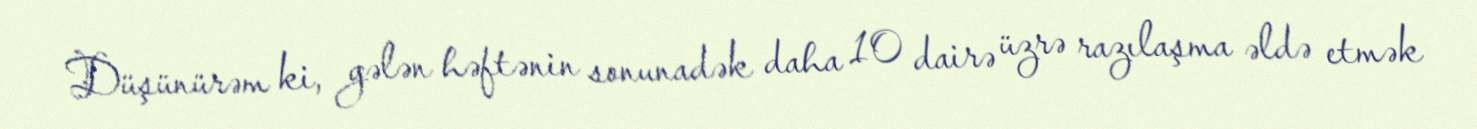
Düşünürəm ki, gələn həftənin sonunadək daha 10 dairə üzrə razılaşma əldə etmək